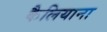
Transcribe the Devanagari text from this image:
कैलियाना